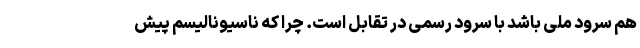
هم سرود ملی باشد با سرود رسمی در تقابل است. چرا که ناسیونالیسم پیش